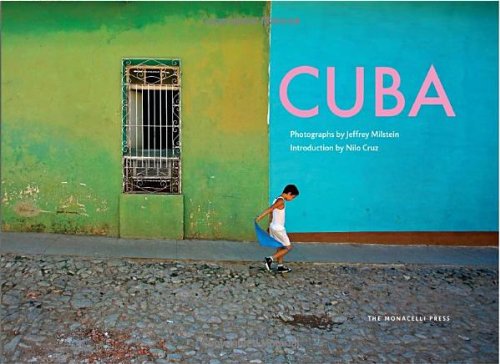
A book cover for Cuba: Photographs by Jeffrey Milstein; Jeffrey Milstein; Arts & Photography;